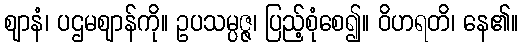
ဈာနံ၊ ပဌမဈာန်ကို။ ဥပသမ္ပဇ္ဇ၊ ပြည့်စုံစေ၍။ ဝိဟရတိ၊ နေ၏။